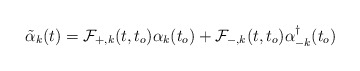
\begin{align*}\tilde{\alpha}_k (t) = {\cal{F}}_{+,k}(t,t_o) {\alpha}_k(t_o) +{\cal{F}}_{-,k}(t,t_o){\alpha}^{\dagger}_{-k} (t_o) \end{align*}